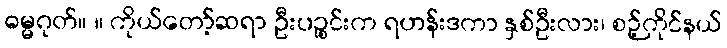
ဓမ္မဂုတ်။ ။ ကိုယ်တော့်ဆရာ ဦးပဉ္စင်းက ရဟန်းဒကာ နှစ်ဦးလား၊ စဉ့်ကိုင်နယ်